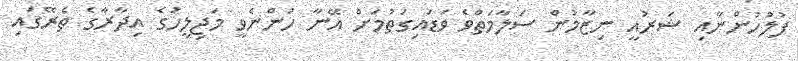
ފުލުހުންނާއި ޝަރުއީ ނިޒާމުން ސަލާމަތްވެ ވަޑައިގަތުމަށް އޭނާ ހުންނެވީ މަޖިލީހުގެ އިދާރާގެ ތެރޭގައި